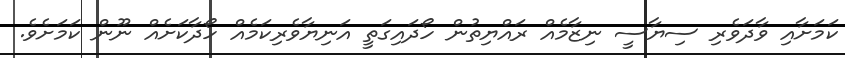
ކަމަށާއި ވާދަވެރި ސިޔާސީ ނިޒާމެއް ރައްޔިތުން ހޯދައިގަތީ އަނިޔާވެރިކަމެއް ހޯދާކަށެއް ނޫން ކަމަށެވެ.